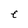
Character: e